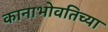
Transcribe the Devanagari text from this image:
कानाभोवतिच्या